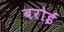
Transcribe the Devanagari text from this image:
बरोई